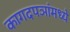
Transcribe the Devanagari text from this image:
कागदपञांमध्ये